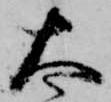
太